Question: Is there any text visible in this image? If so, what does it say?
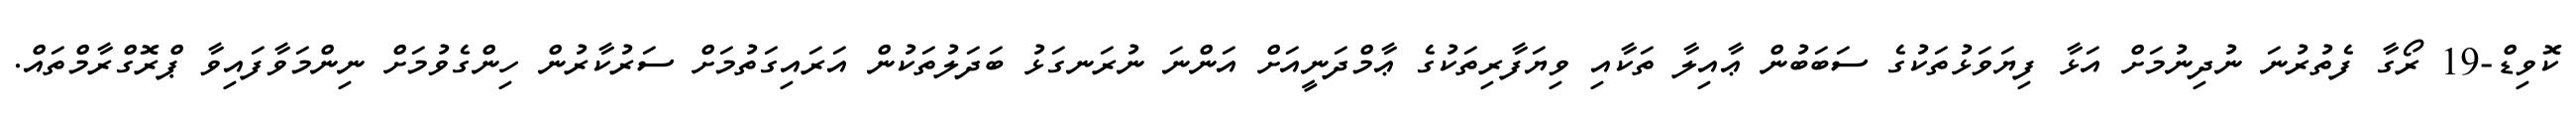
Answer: ކޮވިޑް-19 ރޯގާ ފެތުރުނަ ނުދިނުމަށް އަޅާ ފިޔަވަޅުތަކުގެ ސަބަބުން ޢާއިލާ ތަކާއި ވިޔަފާރިތަކުގެ ޢާމްދަނީއަށް އަންނަ ނުރަނގަޅު ބަދަލުތަކުން އަރައިގަތުމަށް ސަރުކާރުން ހިންގެވުމަށް ނިންމަވާފައިވާ ޕްރޮގްރާމްތައް.